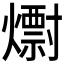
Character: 𱬞